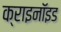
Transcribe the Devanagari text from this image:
क्राइनॉइड